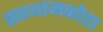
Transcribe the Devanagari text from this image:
सस्थामकोटा